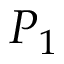
P _ { 1 }